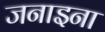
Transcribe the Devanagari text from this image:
जनाइना